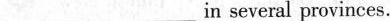
___ ___ in several provinces.